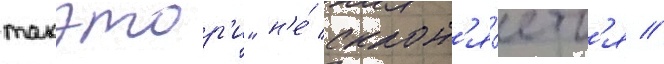
такэтор'и" н'е́ склон'я́етс'я //